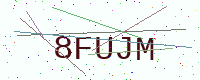
Text: 8FUJM